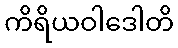
ကိရိယဝါဒေါတိ